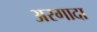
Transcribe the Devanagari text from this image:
अरगादा